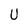
Character: U